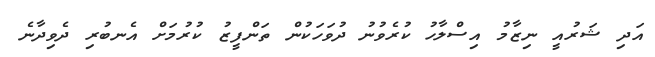
އަދި ޝަރުއީ ނިޒާމު އިސްލާހު ކުރެވުނު ދުވަހަކުން ތަންފީޒު ކުރުމަށް އެނބުރި ދެވިދާނެ